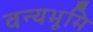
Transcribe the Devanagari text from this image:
वन्यभूमि